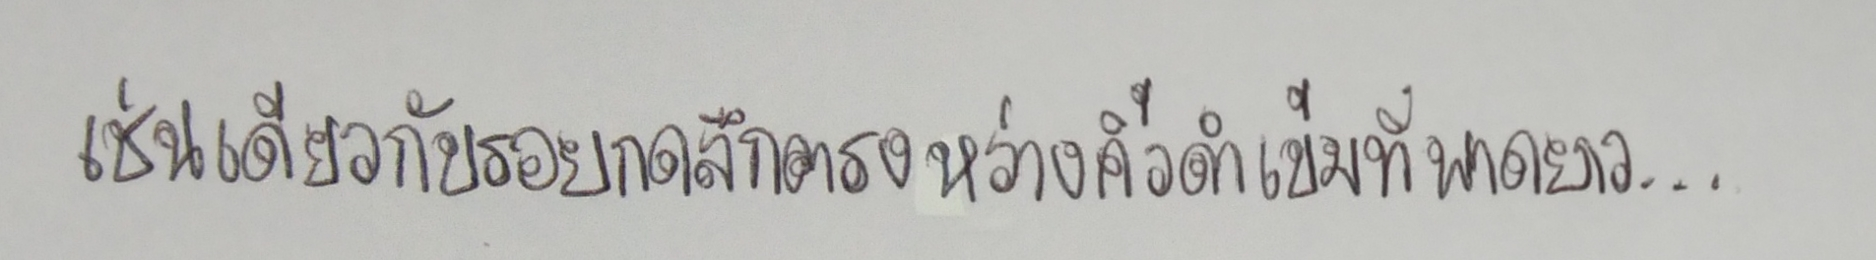
เช่นเดียวกับรอยกดลึกตรงหว่างคิ้วดำเข้มที่พาดยาว...